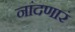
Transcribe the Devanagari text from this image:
नांदणारं